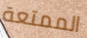
الممتعة